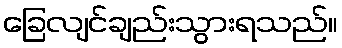
ခြေလျင်ချည်းသွားရသည်။